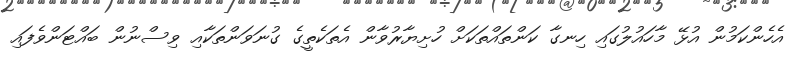
އެހެންކަމުން އުޅޭ މާހައުލުގައި ހިނގާ ކަންތައްތަކަށް ހުށިޔާރުވާން އެތަކެތީގެ ގުނަވަންތަކާއި ވިސްނުން ބައްޓަންވެފައި